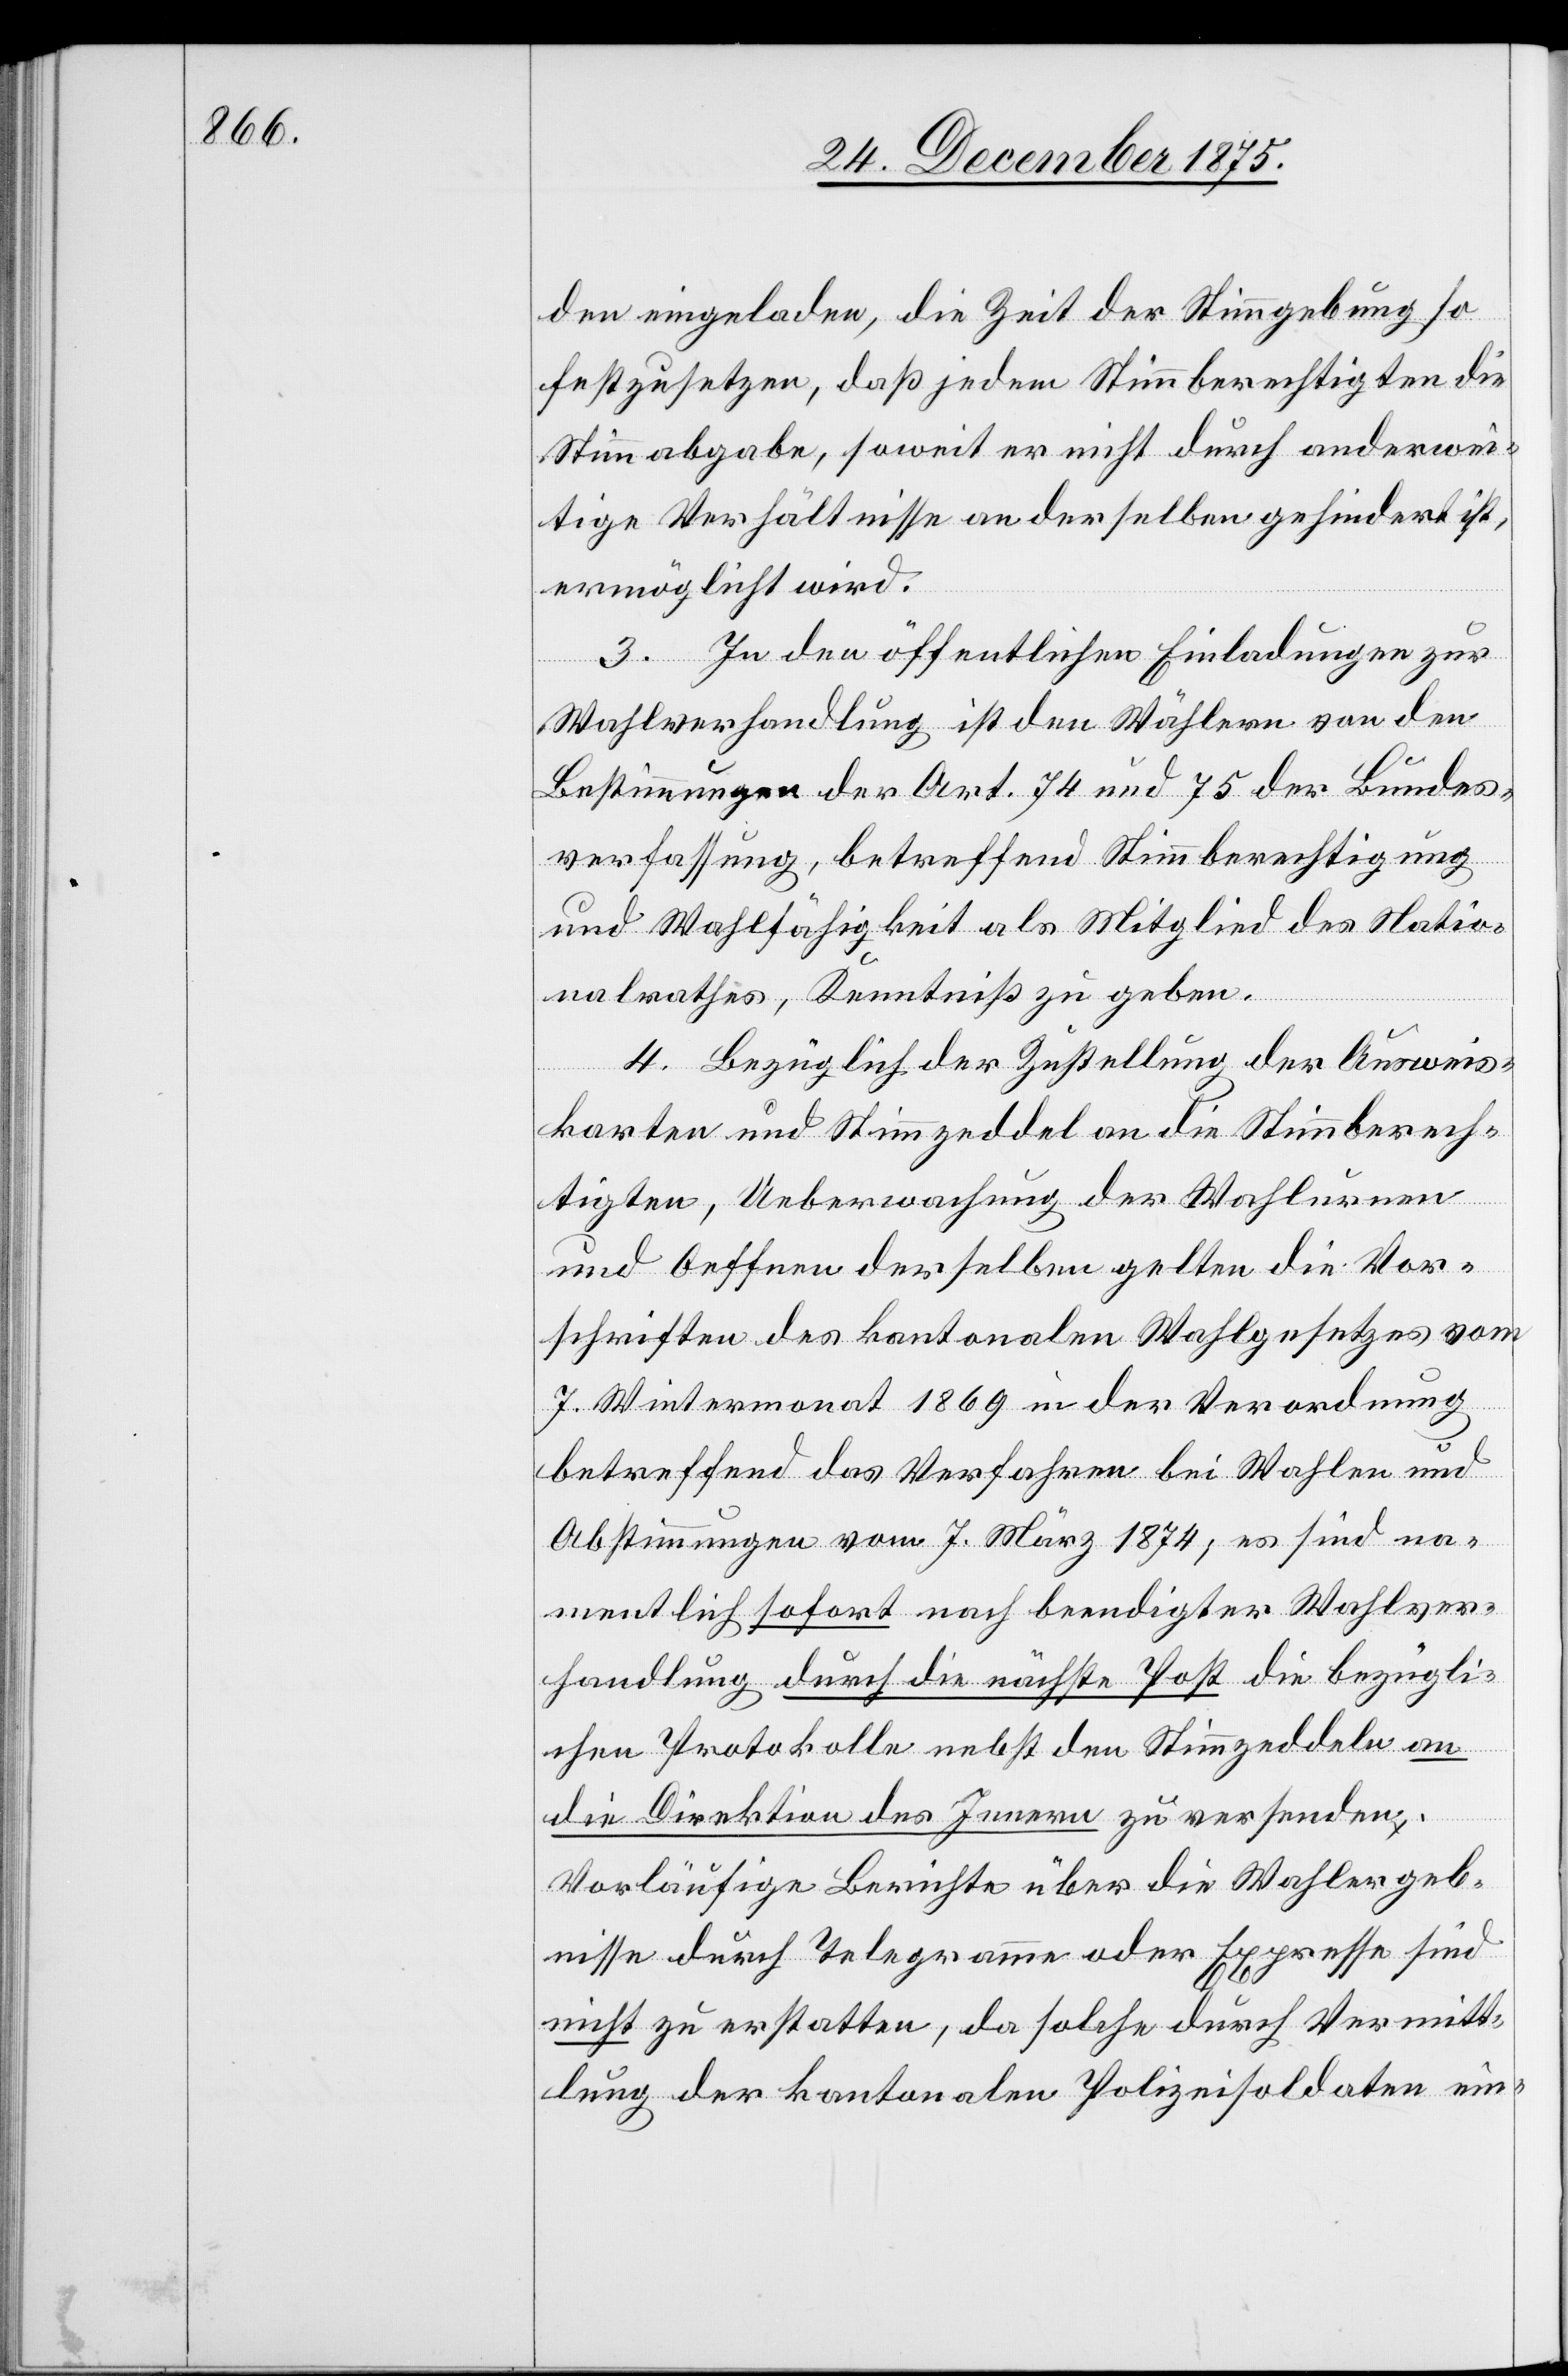
den eingeladen, die Zeit der Stimmgebung so
festzusetzen, daß jedem Stimmberechtigten die
Stimmabgabe, soweit er nicht durch anderwei¬
tige Verhältnisse an derselben gehindert ist,
ermöglicht wird.
3. In den öffentlichen Einladungen zur
Wahlverhandlung ist den Wählern von den
Bestimmungen der Art. 74 und 75 der Bundes¬
verfassung, betreffend Stimmberechtigung
und Wahlfähigkeit als Mitglied des Natio¬
nalrathes, Kenntniß zu geben.
4. Bezüglich der Zustellung der Ausweis¬
karten und Stimmzeddel an die Stimmberech¬
tigten Ueberwachung der Wahlurnen
und Oeffnen derselben gelten die Vor¬
schriften des kantonalen Wahlgesetzes vom
7. Wintermonat 1869 in der Verordnung
betreffend das Verfahren bei Wahlen und
Abstimmungen vom 7. März 1874; es sind na¬
mentlich sofort nach beendigter Wahlver¬
handlung durch die nächste Post die bezügli¬
chen Protokolle nebst den Stimmzeddeln an
die Direktion des Innern zu versenden.
Vorläufige Berichte über die Wahlergeb¬
nisse durch Telegramme oder Expresse sind
nicht zu erstatten, da solche durch Vermitt¬
lung der kantonalen Polizeisoldaten ein-